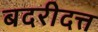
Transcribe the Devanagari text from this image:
बदरीदत्त